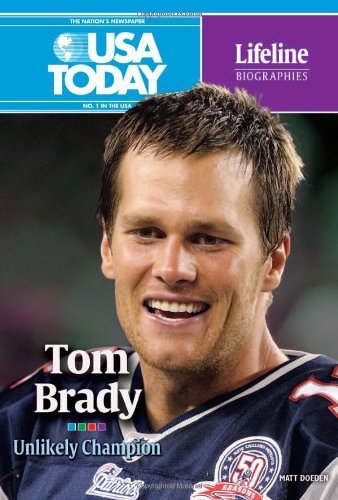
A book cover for Tom Brady: Unlikely Champion (USA Today Lifeline Biographies); Matt Doeden; Teen & Young Adult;